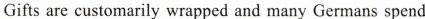
Gifts are customarily wrapped and many Germans spend